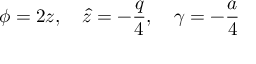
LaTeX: \phi = 2 z , ~ ~ ~ \hat { z } = - \frac { q } { 4 } , ~ ~ ~ \gamma = - \frac { a } { 4 }